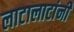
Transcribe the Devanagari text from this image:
लाटालाटांनी